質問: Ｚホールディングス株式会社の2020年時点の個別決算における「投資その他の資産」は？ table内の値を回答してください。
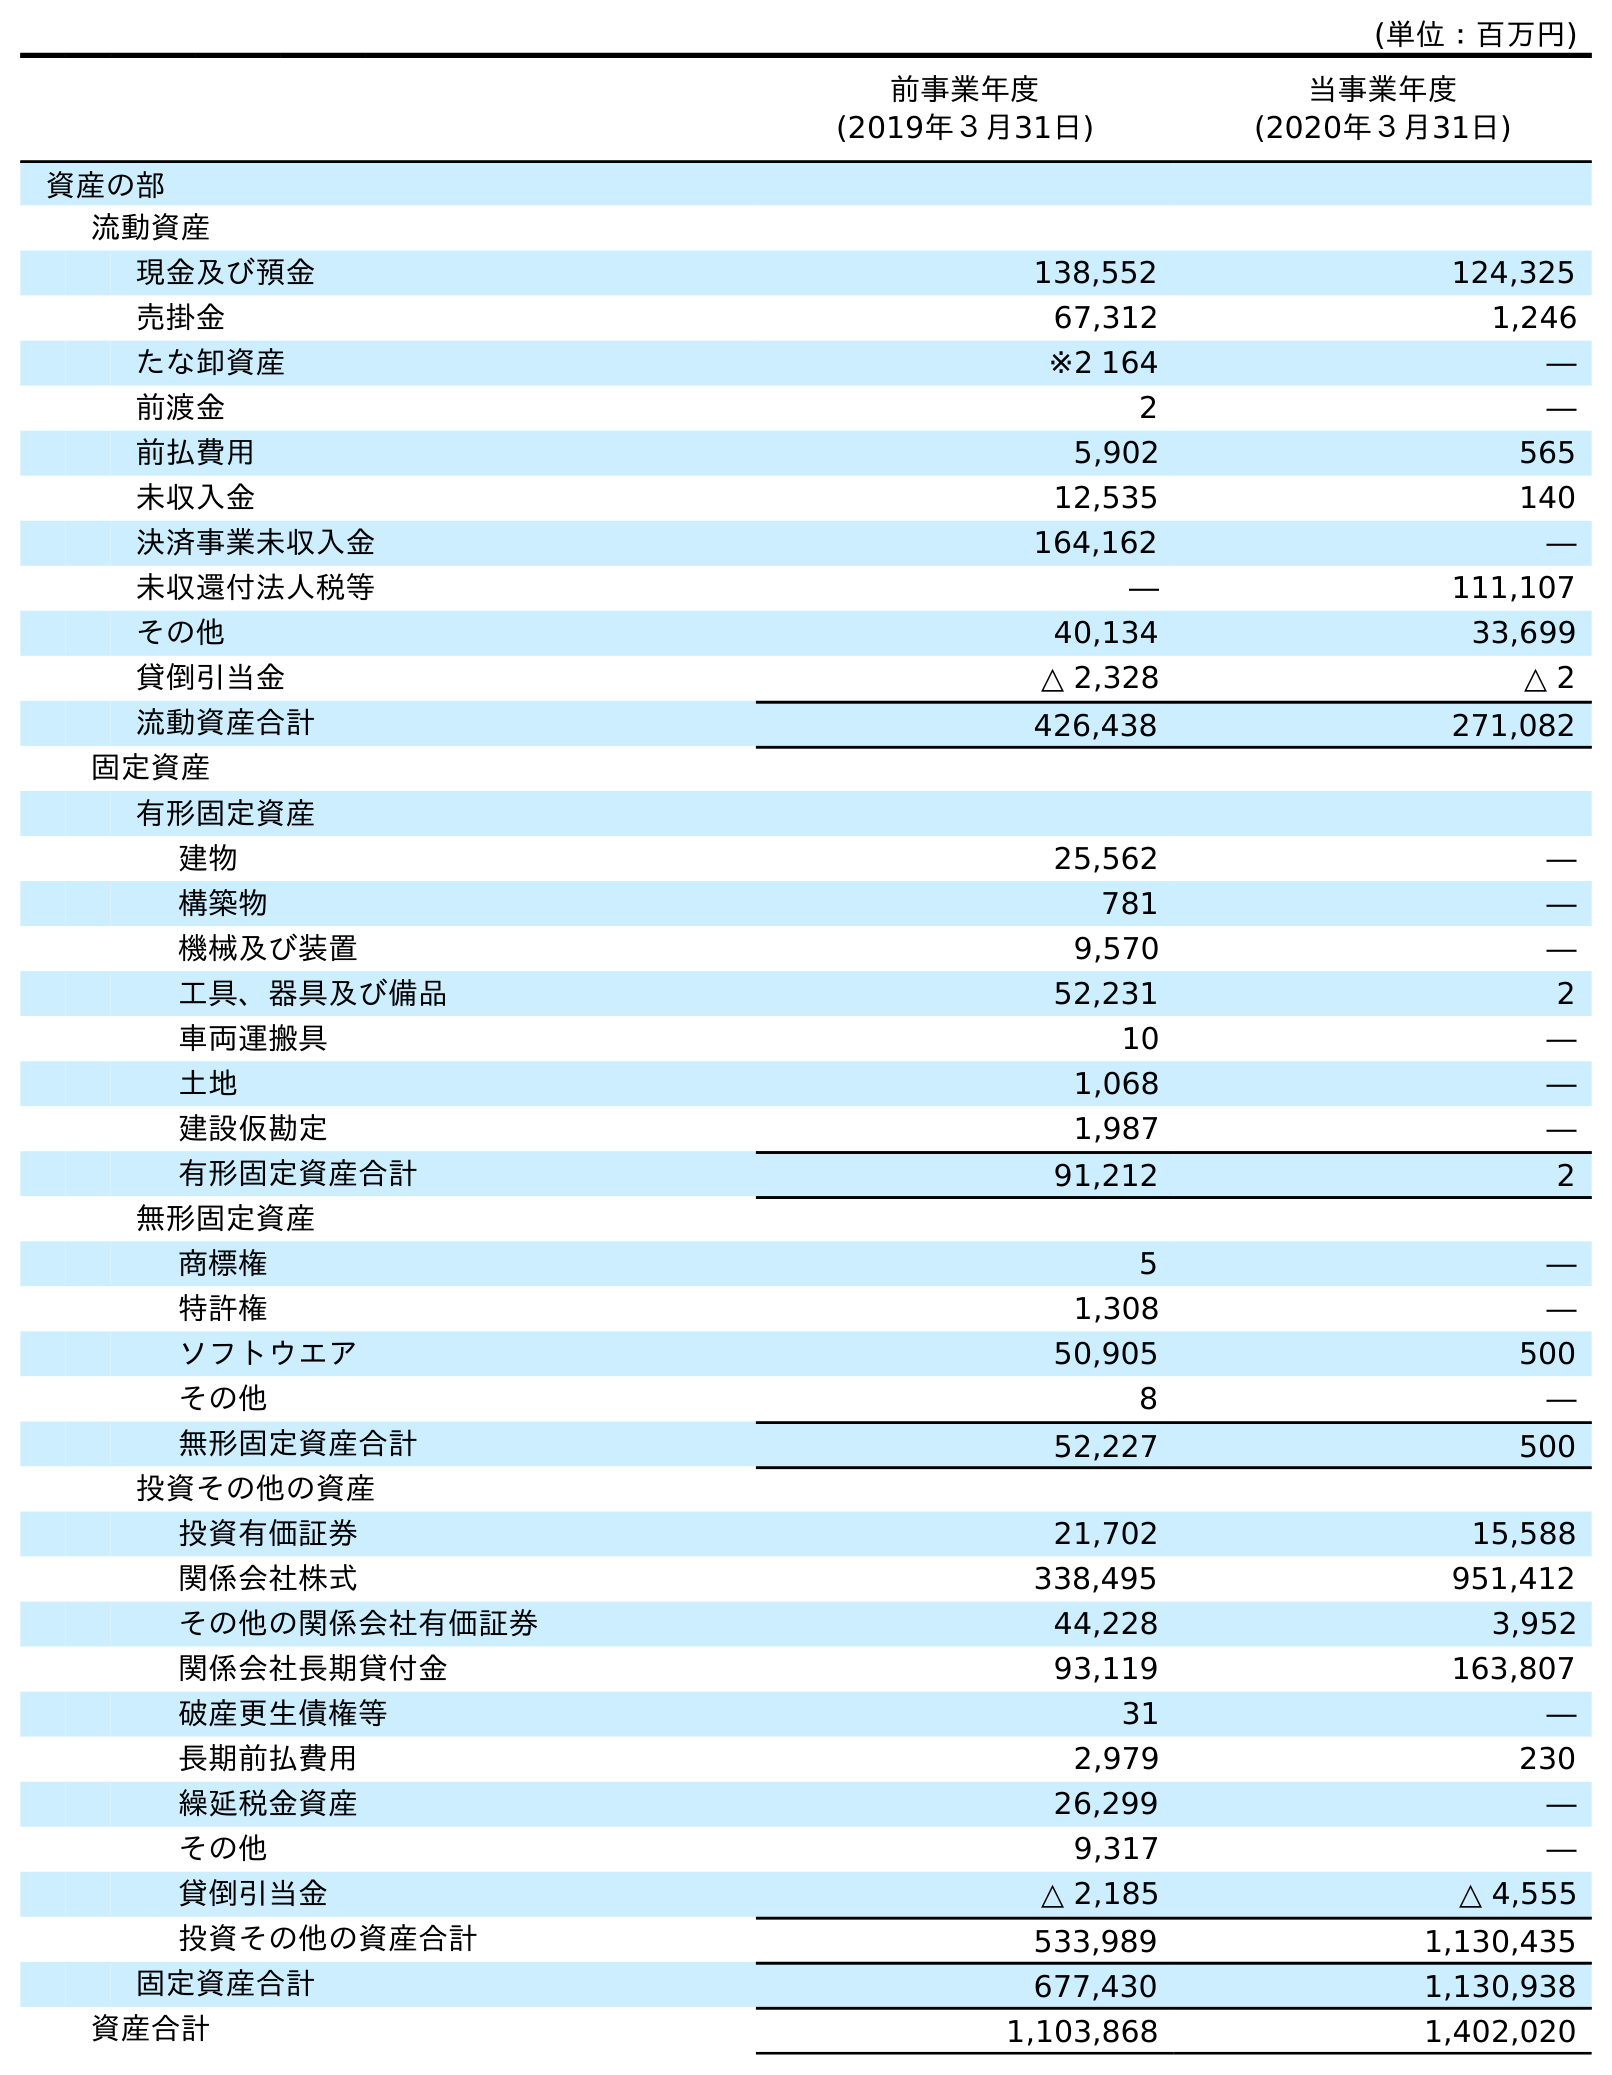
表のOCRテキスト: (単位：百万円) 前事業年度 (2019年３月31日) 当事業年度 (2020年３月31日) 資産の部 流動資産 現金及び預金 138,552 124,325 売掛金 67,312 1,246 たな卸資産 ※2 164 ― 前渡金 2 ― 前払費用 5,902 565 未収入金 12,535 140 決済事業未収入金 164,162 ― 未収還付法人税等 ― 111,107 その他 40,134 33,699 貸倒引当金 △ 2,328 △ 2 流動資産合計 426,438 271,082 固定資産 有形固定資産 建物 25,562 ― 構築物 781 ― 機械及び装置 9,570 ― 工具、器具及び備品 52,231 2 車両運搬具 10 ― 土地 1,068 ― 建設仮勘定 1,987 ― 有形固定資産合計 91,212 2 無形固定資産 商標権 5 ― 特許権 1,308 ― ソフトウエア 50,905 500 その他 8 ― 無形固定資産合計 52,227 500 投資その他の資産 投資有価証券 21,702 15,588 関係会社株式 338,495 951,412 その他の関係会社有価証券 44,228 3,952 関係会社長期貸付金 93,119 163,807 破産更生債権等 31 ― 長期前払費用 2,979 230 繰延税金資産 26,299 ― その他 9,317 ― 貸倒引当金 △ 2,185 △ 4,555 投資その他の資産合計 533,989 1,130,435 固定資産合計 677,430 1,130,938 資産合計 1,103,868 1,402,020
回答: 1,130,435